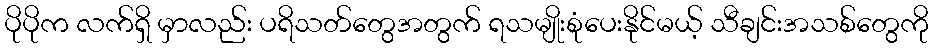
ပိုပိုက လက်ရှိ မှာလည်း ပရိသတ်တွေအတွက် ရသမျိုးစုံပေးနိုင်မယ့် သီချင်းအသစ်တွေကို